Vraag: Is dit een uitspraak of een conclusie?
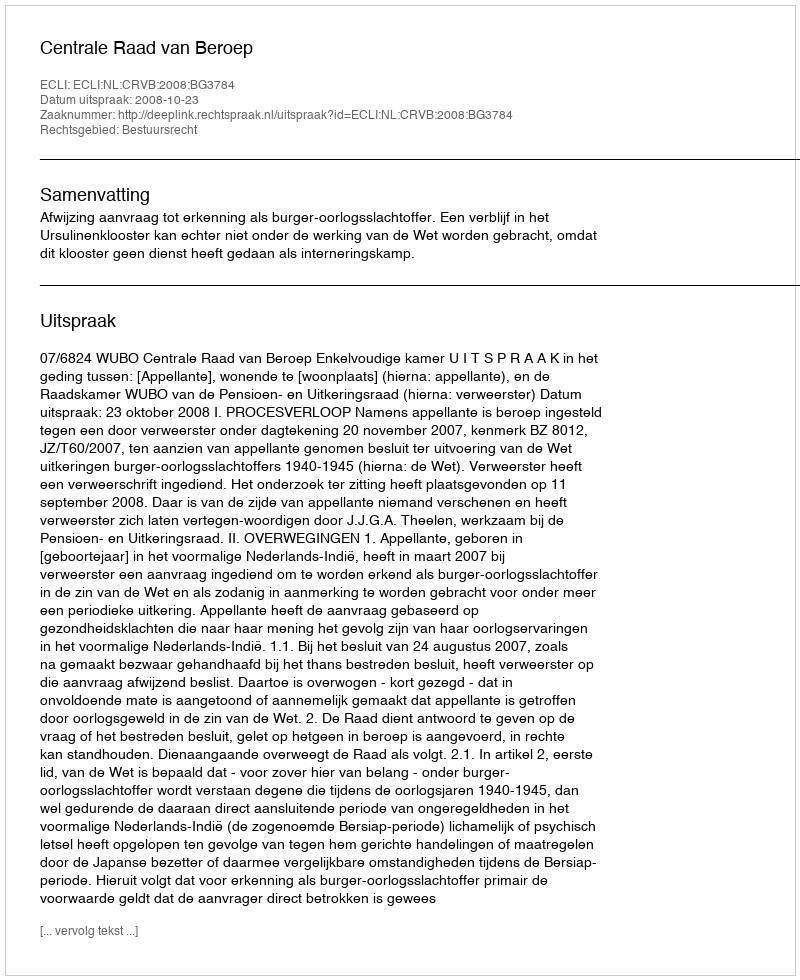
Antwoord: Uitspraak